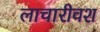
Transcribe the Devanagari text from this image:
लाचारीवश